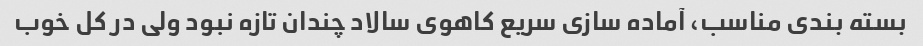
بسته بندی مناسب، آماده سازی سریع کاهوی سالاد چندان تازه نبود ولی در کل خوب